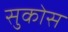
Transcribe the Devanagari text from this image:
सुकोस